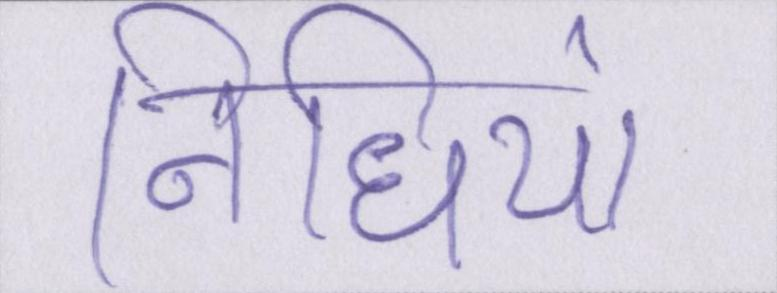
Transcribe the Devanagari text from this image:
निधियां